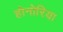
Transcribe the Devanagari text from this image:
होनोरिया